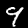
Label: 9